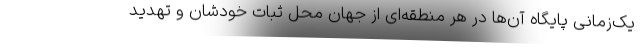
یک‌زمانی پایگاه آن‌ها در هر منطقه‌ای از جهان محل ثبات خودشان و تهدید